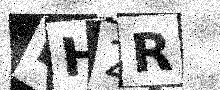
Text: EH2R